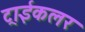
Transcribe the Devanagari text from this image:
ट्राईकलर